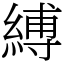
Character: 縛